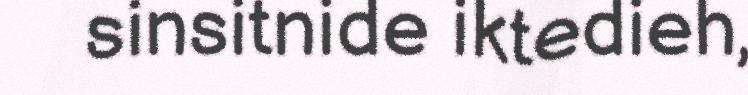
sinsitnide iktedieh,